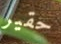
حقير